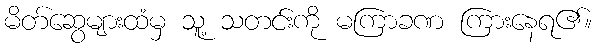
မိတ်ဆွေများထံမှ သူ့ သတင်းကို မကြာခဏ ကြားနေရ၏။